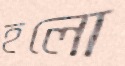
হলো